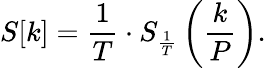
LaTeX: S[k]={\frac{1}{T}}\cdot S_{\frac{1}{T}}\left({\frac{k}{P}}\right).